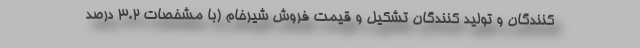
کنندگان و تولید کنندگان تشکیل و قیمت فروش شیرخام (با مشخصات 3.2 درصد